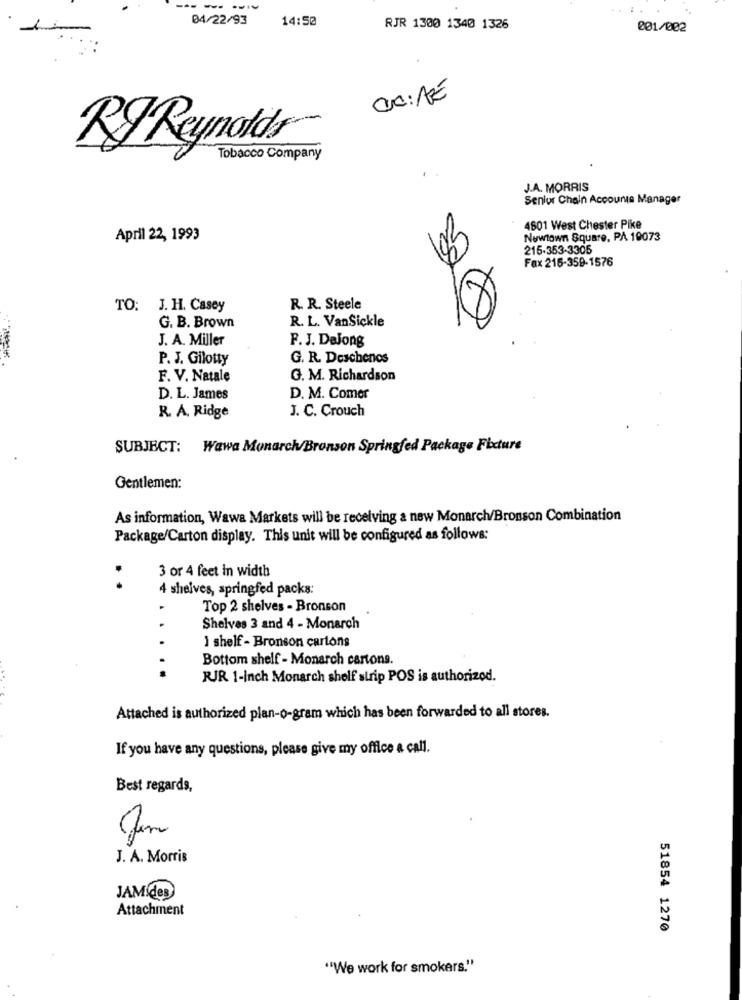
-
..
04/22/93
14:50
RJR 1300 1340 1326
001/002
CC : AZ
RJ Reynolds
Tobacco Company
J.A. MORRIS
Senior Chain Accounts Manager
4601 West Chester Pike
April 22, 1993
Newtown Square, PA 10073
215-353-3305
Fax 216-359-1576
TO: J. H. Casey
R. R. Steele
R. L. VanSickle
G. B. Brown
J. A. Miller
F. J. DeJong
P. J. Gilotty
G. R. Deschenos
F. V. Natale
G. M. Richardson
D. L. James
D. M. Comer
R. A. Ridge
J. C. Crouch
SUBJECT: Wawa Monarch/Bronson Springfed Package Fixture
Gentlemen:
As information, Wawa Markets will be receiving a new Monarch/Bronson Combination
Package/Carton display. This unit will be configured as follows:
3 or 4 feet in width
..
4 shelves, springfed packs:
Top 2 shelves - Bronson
Shelves 3 and 4 - Monarch
1 shelf - Bronson cartons
Bottom shelf - Monarch cartons.
...
RJR 1-Inch Monarch shelf strip POS is authorized.
Attached is authorized plan-o-gram which has been forwarded to all stores.
If you have any questions, please give my office a call.
Best regards,
J. A. Morris
JAM des
Attachment
51854 1270
"We work for smokers."